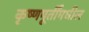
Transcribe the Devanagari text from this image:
कृष्णमूर्तींमधील